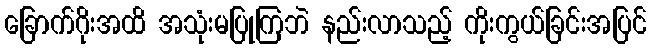
ခြောက်ဂိုးအထိ အသုံးမပြုကြဘဲ နည်းလာသည့် ကိုးကွယ်ခြင်းအပြင်